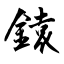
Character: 鎱